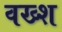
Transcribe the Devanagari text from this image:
वख्श